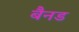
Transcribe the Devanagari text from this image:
बैनड